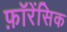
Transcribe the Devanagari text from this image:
फ़ॉरेंसिक